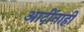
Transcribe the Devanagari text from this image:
आदींनाही